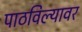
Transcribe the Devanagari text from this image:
पाठविल्यावर